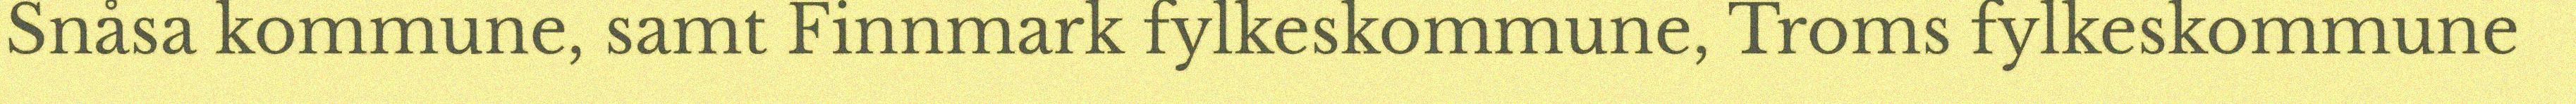
Snåsa kommune, samt Finnmark fylkeskommune, Troms fylkeskommune